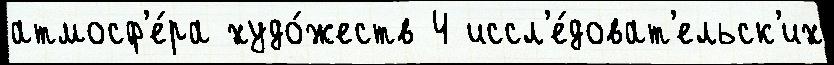
атмосф'е́ра худо́жеств 4 иссл'е́доват'ельск'их